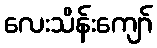
လေးသိန်းကျော်